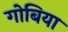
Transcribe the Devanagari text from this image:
गोबिया